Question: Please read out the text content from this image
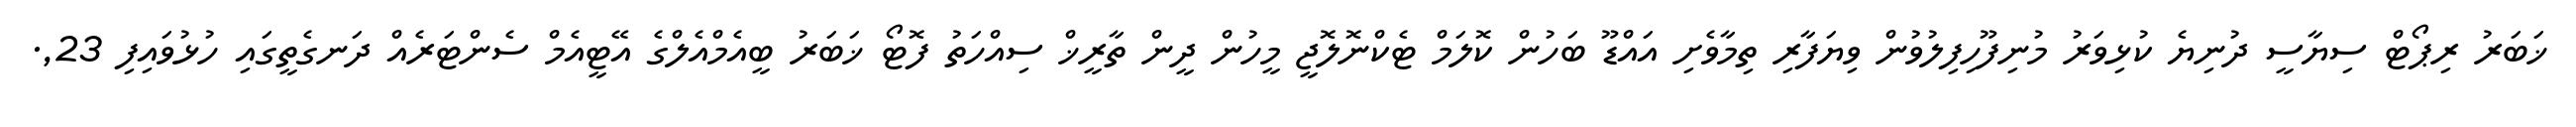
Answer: ޚަބަރު ރިޕޯޓް ސިޔާސީ ދުނިޔެ ކުޅިވަރު މުނިފޫހިފިލުވުން ވިޔަފާރި ތިމާވެށި އައްޑޫ ބަހުން ކޮލަމް ޓެކްނޮލޮޖީ މީހުން ދީން ތާރީޚް ސިއްހަތު ފޮޓޯ ޚަބަރު ބީއެމްއެލްގެ އޭޓީއެމް ސެންޓަރެއް ދަނގެތީގައި ހުޅުވައިފި 23,.